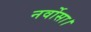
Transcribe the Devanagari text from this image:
नर्वोसा।